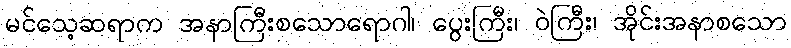
မင်သေ့ဆရာက အနာကြီးစသောရောဂါ၊ ပွေးကြီး၊ ဝဲကြီး၊ အိုင်းအနာစသော